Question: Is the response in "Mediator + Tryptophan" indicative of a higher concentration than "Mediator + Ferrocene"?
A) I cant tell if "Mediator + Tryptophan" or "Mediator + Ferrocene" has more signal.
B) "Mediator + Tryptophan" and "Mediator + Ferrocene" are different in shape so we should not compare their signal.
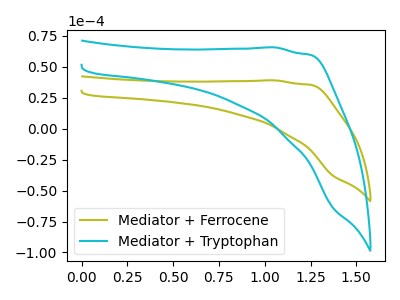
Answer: <think>The olive curve "Mediator + Ferrocene" has no peaks. The cyan curve "Mediator + Tryptophan" has no peaks.
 Neither "Mediator + Tryptophan" or "Mediator + Ferrocene" have any peaks.</think>
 <answer>A) I cant tell if "Mediator + Tryptophan" or "Mediator + Ferrocene" has more signal.</answer>
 <eval>A</eval>